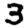
Digit: 3